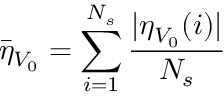
\bar { \eta } _ { V _ { 0 } } = \sum _ { i = 1 } ^ { N _ { s } } \frac { | \eta _ { V _ { 0 } } ( i ) | } { N _ { s } }